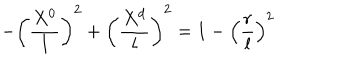
- \left( { \frac { X ^ { 0 } } { l } } \right) ^ { 2 } + \left( { \frac { X ^ { d } } { l } } \right) ^ { 2 } = 1 - \left( { \frac { r } { l } } \right) ^ { 2 }